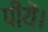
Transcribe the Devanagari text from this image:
पीयें।